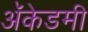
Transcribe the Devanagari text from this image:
अॅकेडमी